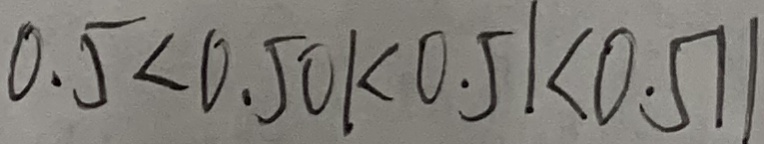
0 . 5 < 0 . 5 0 1 < 0 . 5 1 < 0 . 5 1 1